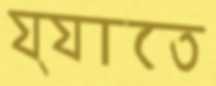
য্যাতে